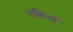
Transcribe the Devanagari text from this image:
लडियां